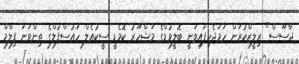
ޖާސޫސް" ރިލީޒްކުރަން ހަމަޖެހިފައިވަނީ ބޮލީވުޑްގެ މަޝްހޫރު ކޮމެޑީ ސީކުއެލް ހައުސްފުލްގެ ތިންވަނަ ފިލްމް